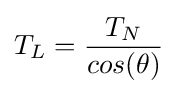
T_{L}={\frac {T_{N}}{cos(\theta )}}